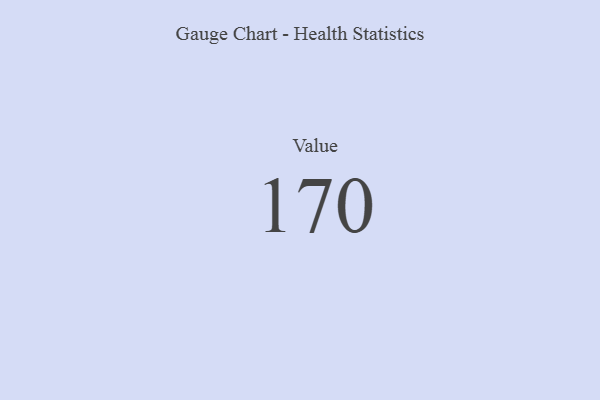
{"axis": {"x": "Metric", "y": "Value"}, "legend": [""], "data": [{"x": "Value", "y": 170, "type": ""}]}